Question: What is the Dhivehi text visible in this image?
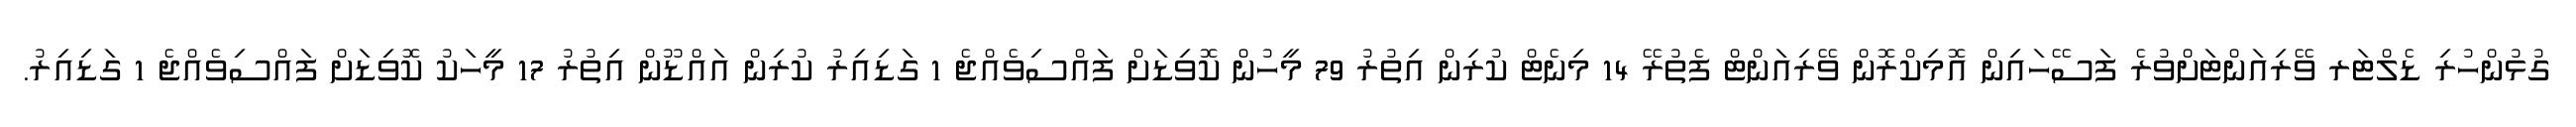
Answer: ގުޅުންހުރި ޑެލްޓަރ ވޭރިއަންޓަށްވުރެ ފަސޭހައިން އޮމިކްރޮން ވޭރިއަންޓް ފެތުރޭ 14 މިނެޓް ކުރިން އިތުރު 79 މީހުން ކޮވިޑަށް ފައްސިވެއްޖެ 1 ގަޑިއިރު ކުރިން އައްޑޫން އިތުރު 17 މީހަކު ކޮވިޑަށް ފައްސިވެއްޖެ 1 ގަޑިއިރު.